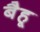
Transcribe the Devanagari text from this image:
बैहू